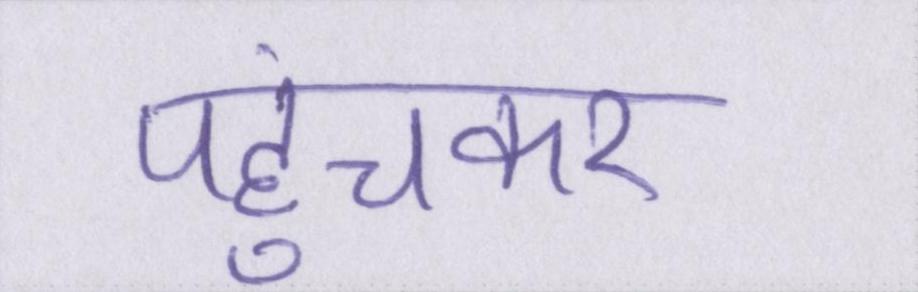
पहुंचकर